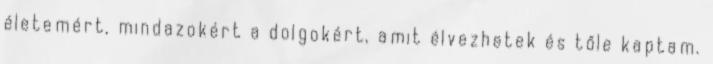
életemért, mindazokért a dolgokért, amit élvezhetek és tőle kaptam.